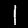
Digit: 1